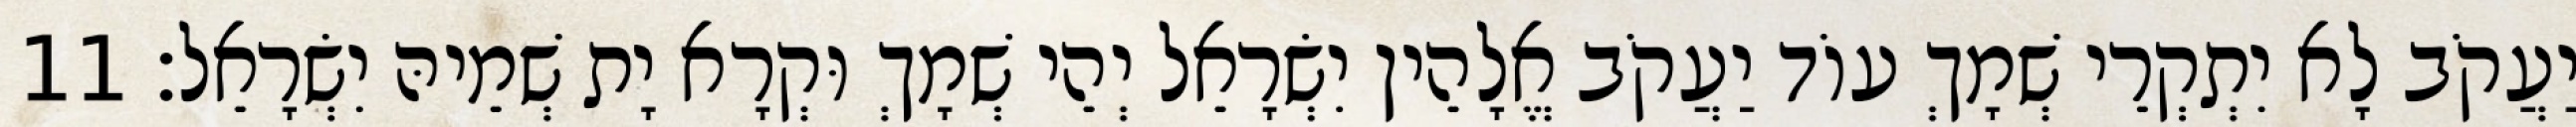
יַעֲקֹב לָא יִתְקְרֵי שְׁמָךְ עוֹד יַעֲקֹב אֱלָהֵין יִשְׂרָאֵל יְהֵי שְׁמָךְ וּקְרָא יָת שְׁמֵיהּ יִשְׂרָאֵל׃ 11